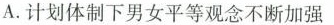
A.计划体制下男女平等观念不断加强